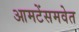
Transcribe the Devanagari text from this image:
आमटेंसमवेत